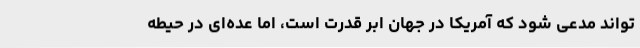
‌تواند مدعی شود که آمریکا در جهان ابر قدرت است، اما عده‌ای در حیطه